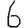
Digit: 6